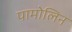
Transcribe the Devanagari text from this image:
पामोलिन